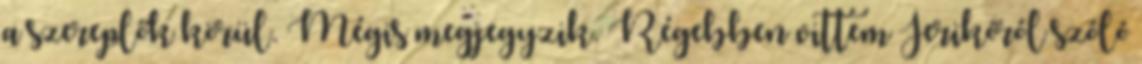
a szereplők körül. Mégis megjegyzik. Régebben vittem Jerikóról szóló